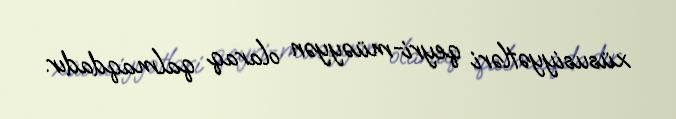
xüsusiyyətləri qeyri-müəyyən olaraq qalmaqdadır.